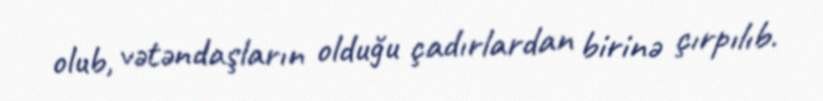
olub, vətəndaşların olduğu çadırlardan birinə çırpılıb.